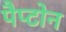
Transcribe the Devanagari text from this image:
पैप्टोन